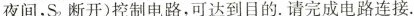
夜间，S_{ 2 }断开)控制电路，可达到目的.请完成电路连接.